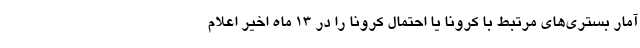
آمار بستری‌های مرتبط با کرونا یا احتمال کرونا را در ۱۳ ماه اخیر اعلام